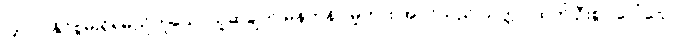
ပြုလုပ်နိုင်စွမ်းရှိရမည်ဟူသောယူဆချက် မှန်ကန်ပါမူကား အပင်သည် သတ္တဝါထက် ဦးစွာ ပေါ်သော